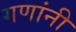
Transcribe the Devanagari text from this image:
गणांनी